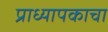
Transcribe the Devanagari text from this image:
प्राध्यापकाचा